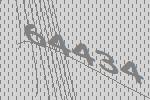
64434